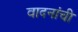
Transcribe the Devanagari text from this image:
वादनांची